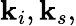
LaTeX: \mathbf{k}_{i},\mathbf{k}_{s},